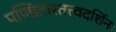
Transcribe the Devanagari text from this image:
पण्डितास्तत्त्वदर्शिनः